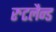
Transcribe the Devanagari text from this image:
रुटलैन्ड